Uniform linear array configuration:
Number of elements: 24
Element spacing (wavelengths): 0.5
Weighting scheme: exponential
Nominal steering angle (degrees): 45
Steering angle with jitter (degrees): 44.757
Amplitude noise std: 0.05
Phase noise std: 0.05

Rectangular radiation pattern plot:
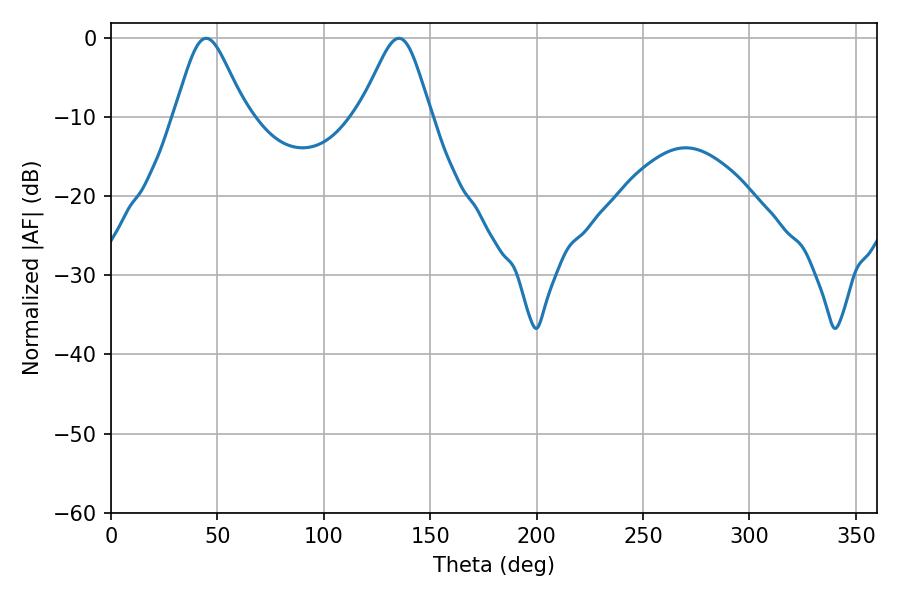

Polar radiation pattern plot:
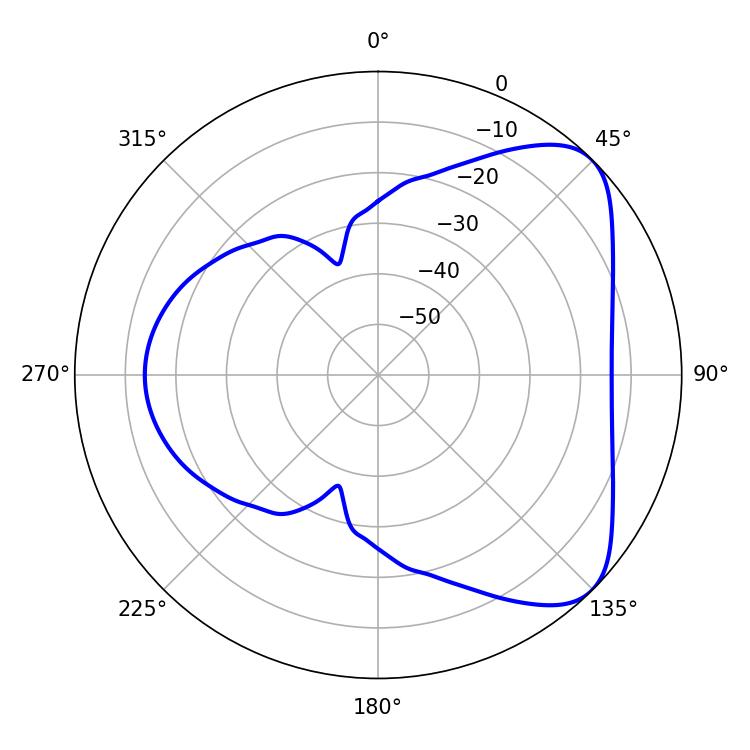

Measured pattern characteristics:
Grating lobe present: FALSE
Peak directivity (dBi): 6.12
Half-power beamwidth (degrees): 16.38
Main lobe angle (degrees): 44.64